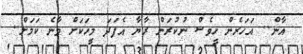
އާން.. އަހަރެން ހީވެސް ނުކުރަން ރާޔާ އެފަދަ މީހަކަށް ވާނެ ކަމަށް..